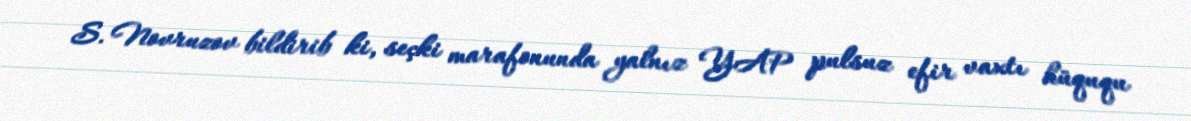
S. Novruzov bildirib ki, seçki marafonunda yalnız YAP pulsuz efir vaxtı hüququ